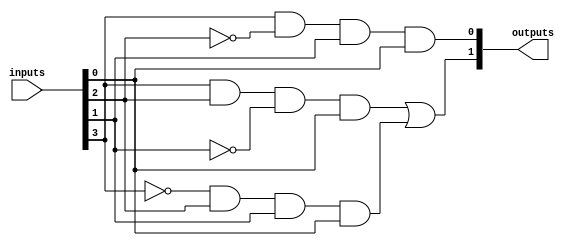
module FusedPAL (
    input wire [N-1:0] inputs,      // N input lines
    output wire [M-1:0] outputs      // M output lines
);

// Parameters
parameter N = 4; // Number of inputs
parameter M = 2; // Number of outputs
parameter P = 4; // Number of programmable AND gates

// Programmable AND gates
wire [P-1:0] and_out; // Outputs of AND gates

// Example configuration for AND gates (this would be programmed)
wire [N-1:0] and_config [P-1:0]; // Configuration for each AND gate

// Define the AND gate configurations (example)
assign and_config[0] = {inputs[0], inputs[1], ~inputs[2], inputs[3]}; // AND gate 0
assign and_config[1] = {~inputs[0], inputs[1], inputs[2], 1'b0};       // AND gate 1
assign and_config[2] = {inputs[0], ~inputs[1], inputs[2], inputs[3]}; // AND gate 2
assign and_config[3] = {inputs[0], inputs[1], inputs[2], ~inputs[3]}; // AND gate 3

// Instantiate AND gates
genvar i;
generate
    for (i = 0; i < P; i = i + 1) begin : and_gates
        assign and_out[i] = and_config[i][0] & and_config[i][1] & and_config[i][2] & and_config[i][3];
    end
endgenerate

// Fixed OR gates
assign outputs[0] = and_out[0] | and_out[1]; // OR gate 0
assign outputs[1] = and_out[2] | and_out[3]; // OR gate 1

endmodule